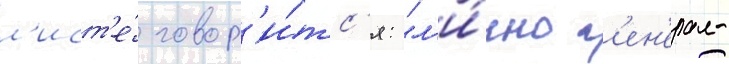
л'ист'е́ говор'и́тс'я: "л'и́чно г'ен'ерал-